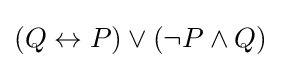
(Q\leftrightarrow P)\lor (\lnot P\land Q)